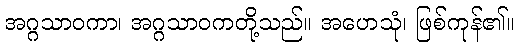
အဂ္ဂသာဝကာ၊ အဂ္ဂသာဝကတို့သည်။ အဟေသုံ၊ ဖြစ်ကုန်၏။